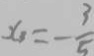
x _ { 3 } = - \frac { 3 } { 5 }